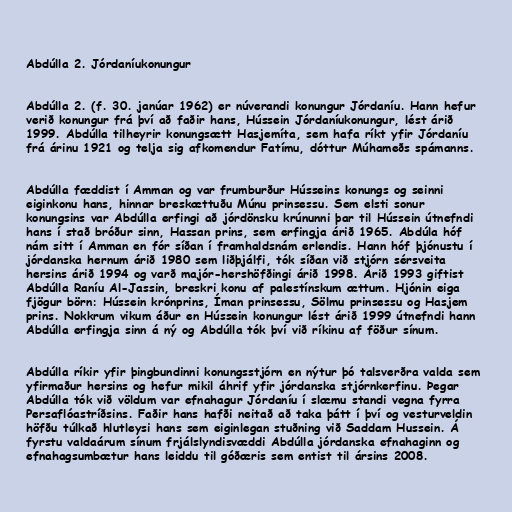
Abdúlla 2. Jórdaníukonungur

Abdúlla 2. (f. 30. janúar 1962) er núverandi konungur Jórdaníu. Hann hefur
verið konungur frá því að faðir hans, Hússein Jórdaníukonungur, lést árið
1999. Abdúlla tilheyrir konungsætt Hasjemíta, sem hafa ríkt yfir Jórdaníu
frá árinu 1921 og telja sig afkomendur Fatímu, dóttur Múhameðs spámanns.

Abdúlla fæddist í Amman og var frumburður Hússeins konungs og seinni
eiginkonu hans, hinnar breskættuðu Múnu prinsessu. Sem elsti sonur
konungsins var Abdúlla erfingi að jórdönsku krúnunni þar til Hússein útnefndi
hans í stað bróður sinn, Hassan prins, sem erfingja árið 1965. Abdúla hóf
nám sitt í Amman en fór síðan í framhaldsnám erlendis. Hann hóf þjónustu í
jórdanska hernum árið 1980 sem liðþjálfi, tók síðan við stjórn sérsveita
hersins árið 1994 og varð majór-hershöfðingi árið 1998. Árið 1993 giftist
Abdúlla Raníu Al-Jassin, breskri konu af palestínskum ættum. Hjónin eiga
fjögur börn: Hússein krónprins, Íman prinsessu, Sölmu prinsessu og Hasjem
prins. Nokkrum vikum áður en Hússein konungur lést árið 1999 útnefndi hann
Abdúlla erfingja sinn á ný og Abdúlla tók því við ríkinu af föður sínum.

Abdúlla ríkir yfir þingbundinni konungsstjórn en nýtur þó talsverðra valda sem
yfirmaður hersins og hefur mikil áhrif yfir jórdanska stjórnkerfinu. Þegar
Abdúlla tók við völdum var efnahagur Jórdaníu í slæmu standi vegna fyrra
Persaflóastríðsins. Faðir hans hafði neitað að taka þátt í því og vesturveldin
höfðu túlkað hlutleysi hans sem eiginlegan stuðning við Saddam Hussein. Á
fyrstu valdaárum sínum frjálslyndisvæddi Abdúlla jórdanska efnahaginn og
efnahagsumbætur hans leiddu til góðæris sem entist til ársins 2008.